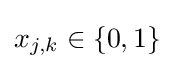
x_{j,k}\in \{0,1\}